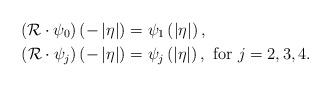
LaTeX: \begin{align*}\left(\mathcal{R}\cdot\psi_{0}\right)\left(-\left|\eta\right|\right) & =\psi_{1}\left(\left|\eta\right|\right),\\\left(\mathcal{R}\cdot\psi_{j}\right)\left(-\left|\eta\right|\right) & =\psi_{j}\left(\left|\eta\right|\right),\mbox{ for }j=2,3,4.\end{align*}